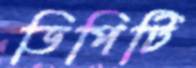
ডিপিটি